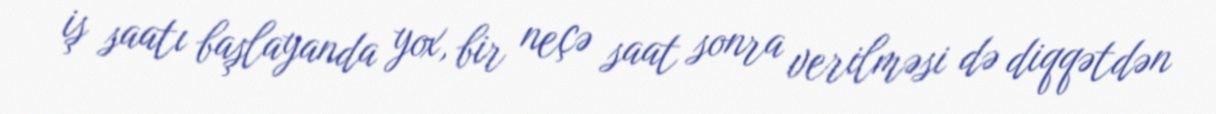
iş saatı başlayanda yox, bir neçə saat sonra verilməsi də diqqətdən